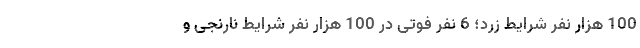
100 هزار نفر شرایط زرد؛ 6 نفر فوتی در 100 هزار نفر شرایط نارنجی و